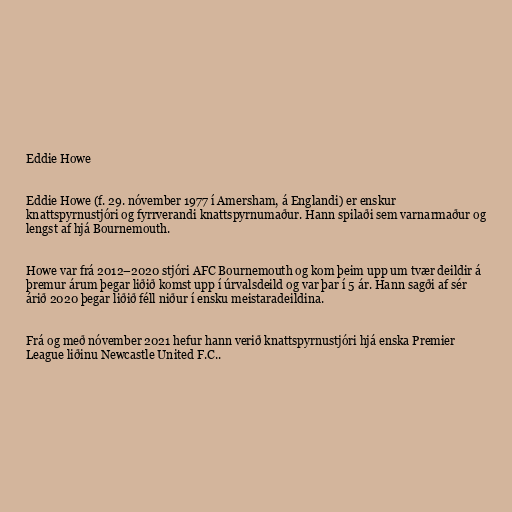
Eddie Howe

Eddie Howe (f. 29. nóvember 1977 í Amersham, á Englandi) er enskur
knattspyrnustjóri og fyrrverandi knattspyrnumaður. Hann spilaði sem varnarmaður og
lengst af hjá Bournemouth.

Howe var frá 2012–2020 stjóri AFC Bournemouth og kom þeim upp um tvær deildir á
þremur árum þegar liðið komst upp í úrvalsdeild og var þar í 5 ár. Hann sagði af sér
árið 2020 þegar liðið féll niður í ensku meistaradeildina.

Frá og með nóvember 2021 hefur hann verið knattspyrnustjóri hjá enska Premier
League liðinu Newcastle United F.C..